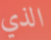
الذي